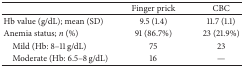
<table><thead><tr><td><b> </b></td><td><b>Finger prick</b></td><td><b>CBC</b></td></tr></thead><tbody><tr><td>Hb value (g/dL); mean (SD)</td><td>9.5 (1.4)</td><td>11.7 (1.1)</td></tr><tr><td>Anemia status; <i>n</i> (%)</td><td>91 (86.7%)</td><td>23 (21.9%)</td></tr><tr><td> Mild (Hb: 8–11 g/dL)</td><td>75</td><td>23</td></tr><tr><td> Moderate (Hb: 6.5–8 g/dL)</td><td>16</td><td>—</td></tr></tbody></table>